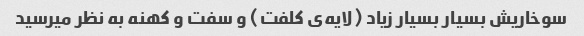
سوخاریش بسیار بسیار زیاد (لایه‌ی کلفت) و سفت و کهنه به نظر میرسید